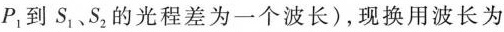
P1到S1、S2的光程差为一个波长)，现换用波长为